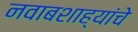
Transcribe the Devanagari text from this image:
नवाबशाह्यांचे